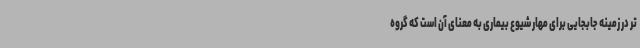
تر در زمینه جابجایی برای مهار شیوع بیماری به معنای آن است که گروه